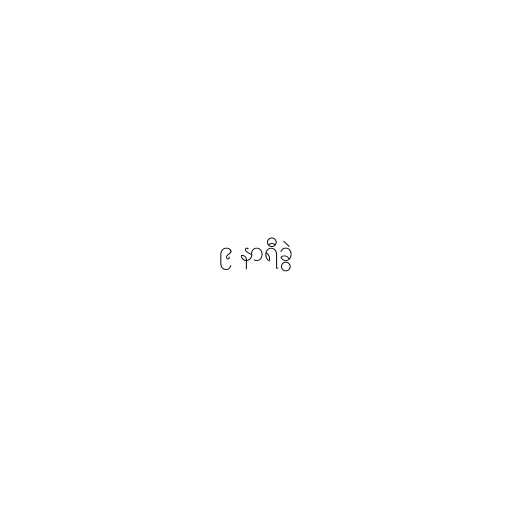
၉ နာရီခွဲ